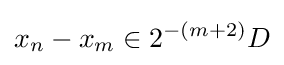
x_{n}-x_{m}\in 2^{-(m+2)}D